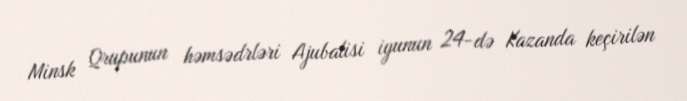
Minsk Qrupunun həmsədrləri Ajubalisi iyunun 24-də Kazanda keçirilən